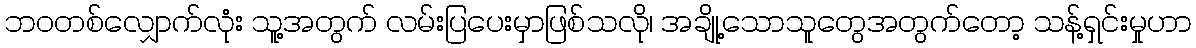
ဘဝတစ်လျှောက်လုံး သူ့အတွက် လမ်းပြပေးမှာဖြစ်သလို၊ အချို့သောသူတွေအတွက်တော့ သန့်ရှင်းမှုဟာ